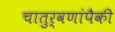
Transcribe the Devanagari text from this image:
चातुर्वणांपैकी